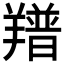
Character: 𦏏